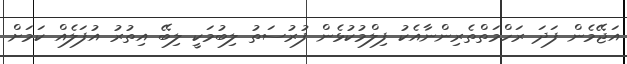
އަޖޭމެން ފަދަ ރަހްމަތްތެރިންނާއެކު ފިލްމުކުޅެން ފުރުސަތު ލިބުމަކީ ލިބޭ އިތުރު އުފަލެއް ކަމަށް